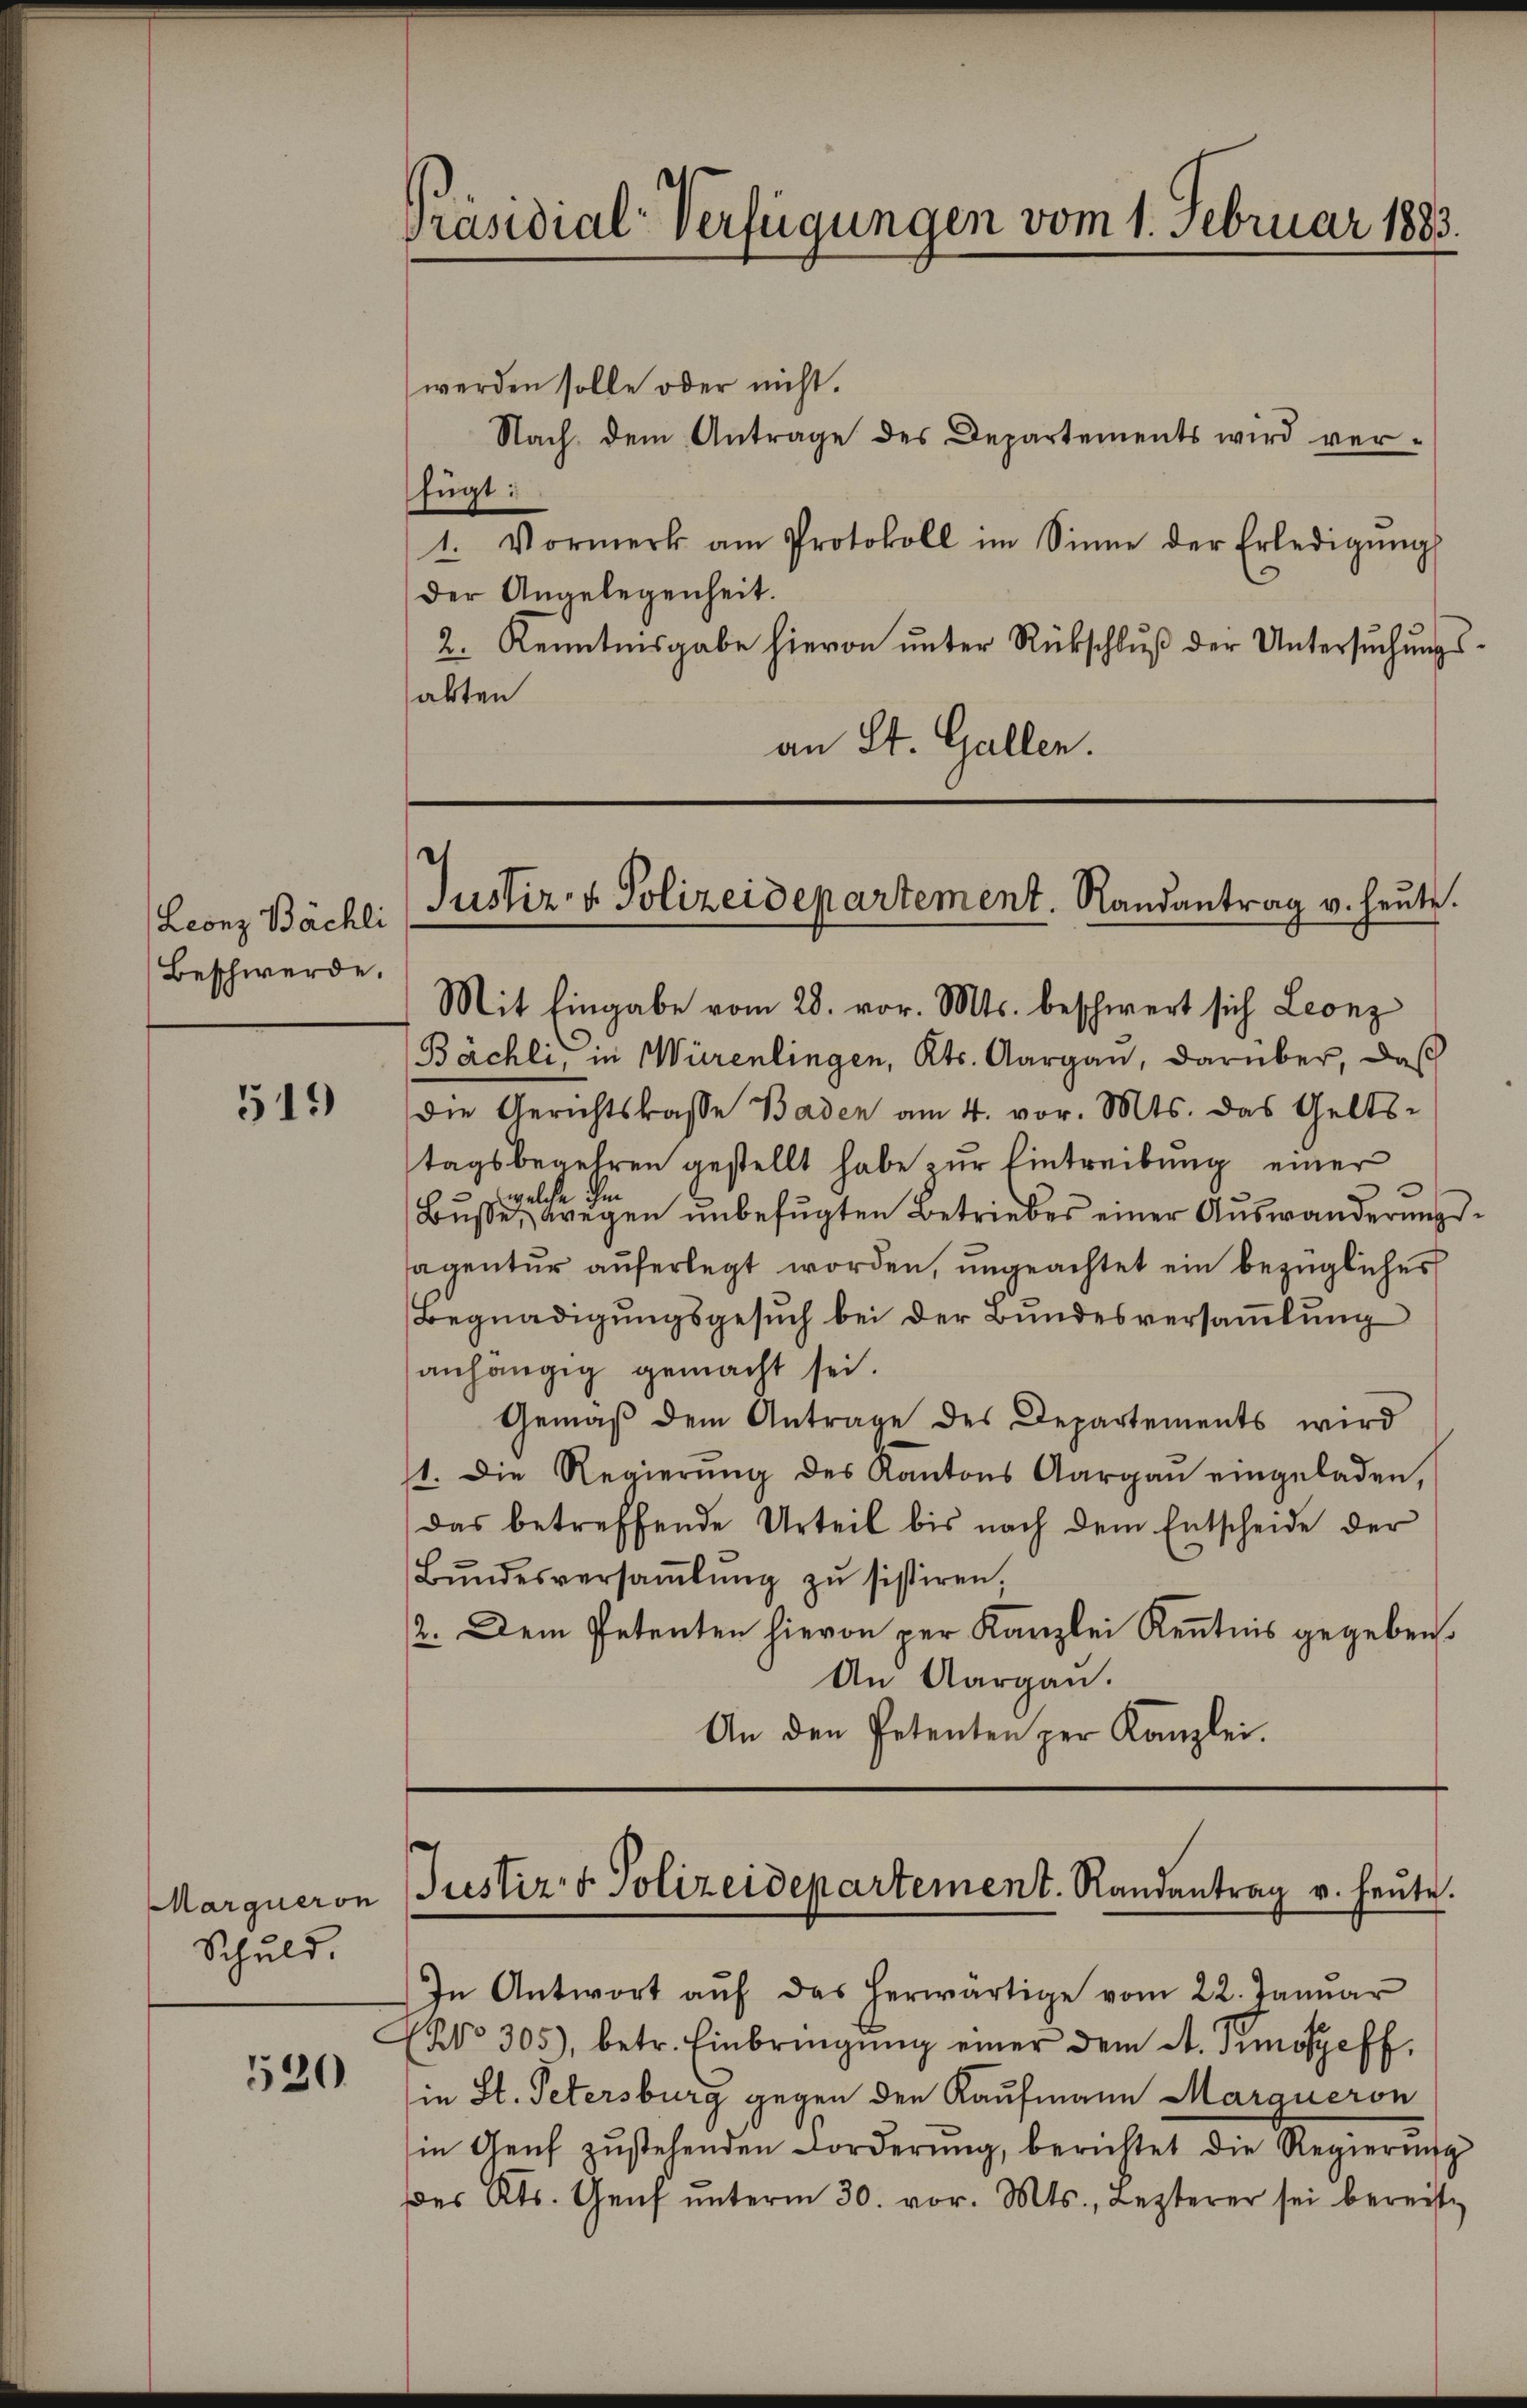
Leonz Bächli
Beschwerde.

519)

Marqueron
Schuld.

530

Präsidial-Verfügungen vom 1. Februar 1883.

Justiz- & Polizeidepartement. Randantrag v. heute.

Mit Eingabe vom 28. vor. Mts. beschwert sich Leonz

werden solle oder nicht.
Nach dem Antrage des Departements wird ver-
fügt:
1. Vormerk am Protokoll im Sinne der Erledigŭng
der Angelegenheit.
2. Kenntnisgabe hievon unter Rückschluß der Untersuchungsabten
an St. Gallen.

Bächli, in Würenlingen, Kts. Aargau, darüber, daß
die Gerichtskasse Baden am 4. vor. Mts. das Gelts-
tagsbegehren gestellt habe zŭr Eintreibung einer
n
welche
Busse, wegen unbefugten Betriebes einer Auswanderungssagentur auferlegt worden, ungeachtet ein bezüglicher
Begnadigungsgesuch bei der Bundesversaṁlŭng
anhängig gemacht sei.
Gemäß dem Antrage des Departements wird
1. Die Regierŭng des Kantons Aargaŭ eingeladen,
das betreffende Urteil bis nach dem Entscheide der
Bŭndesversaṁlŭng zŭ sistiren,
2. Dem Petenten hievon per Kanzlei Kenntnis gegeben.
An Aargau.
An den Petenten per Kanzlei.

Justiz- & Polizeidepartement. Randantrag v. heute.

In Antwort aŭf das herwärtige vom 22. Januar
(NNo. 305), betr. Einbringŭng einer dem St. Pimoszeff.
in St. Petersburg gegen den Kaufmann Margueron
in Aeŭf zŭstehenden Forderŭng, berichtet die Regierŭng
des Kts. Genf ŭnterm 30. vor. Mts., Lezterer sei bereite